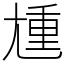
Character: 尰